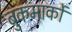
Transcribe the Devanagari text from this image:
बुकमार्कों